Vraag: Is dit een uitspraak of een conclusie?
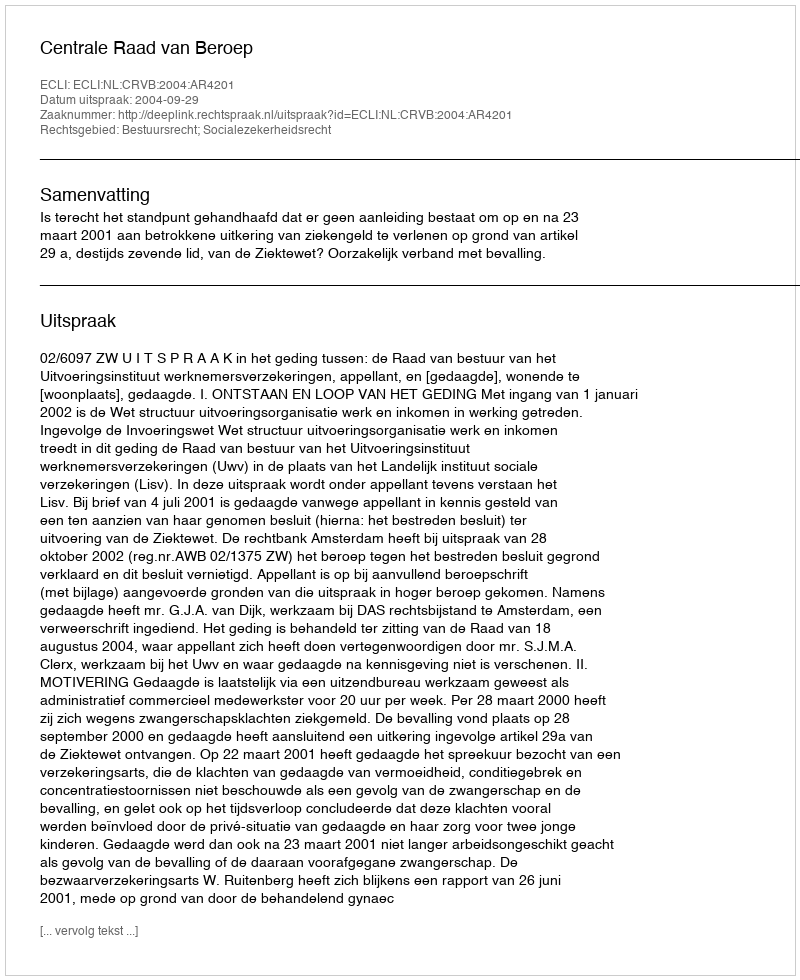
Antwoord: Uitspraak